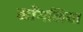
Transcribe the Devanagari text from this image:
माँगलिया